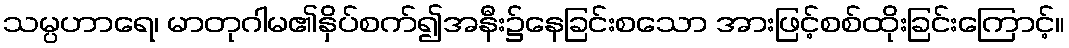
သမ္ပဟာရေ၊ မာတုဂါမ၏နှိပ်စက်၍အနီး၌နေခြင်းစသော အားဖြင့်စစ်ထိုးခြင်းကြောင့်။